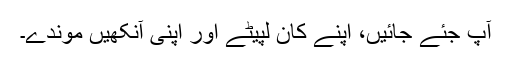
آپ جئے جائیں، اپنے کان لپیٹے اور اپنی آنکھیں موندے۔